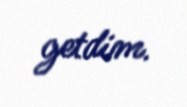
getdim.